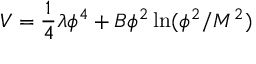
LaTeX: V = { \frac { 1 } { 4 } } \lambda \phi ^ { 4 } + B \phi ^ { 2 } \ln ( \phi ^ { 2 } / M ^ { 2 } )